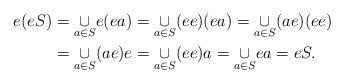
LaTeX: \begin{align*}e(eS) & =\underset{a\in S}{\cup}e(ea)=\underset{a\in S}{\cup}(ee)(ea)=\underset{a\in S}{\cup}(ae)(ee)\\ & =\underset{a\in S}{\cup}(ae)e=\underset{a\in S}{\cup}(ee)a=\underset{a\in S}{\cup}ea=eS.\end{align*}